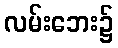
လမ်းဘေး၌